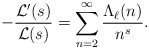
\begin{align*}-\frac{\mathcal{L}'(s)}{\mathcal{L}(s)} = \sum_{n = 2}^\infty \frac{\Lambda_\ell(n)}{n^s}.\end{align*}